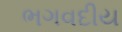
ભગવદીય